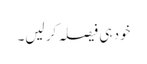
خود ہی فیصلہ کر لیں۔